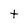
Character: t